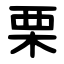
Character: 栗